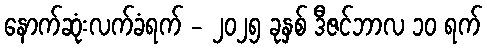
နောက်ဆုံးလက်ခံရက် - ၂၀၂၅ ခုနှစ် ဒီဇင်ဘာလ ၁၀ ရက်